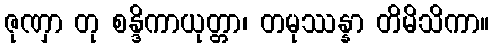
ဇုဏှာ တု စန္ဒိကာယုတ္တာ၊ တမုဿန္နာ တိမိသိကာ။